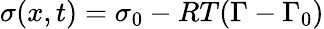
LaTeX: \sigma(x,t)=\sigma_{0}-RT(\Gamma-\Gamma_{0})